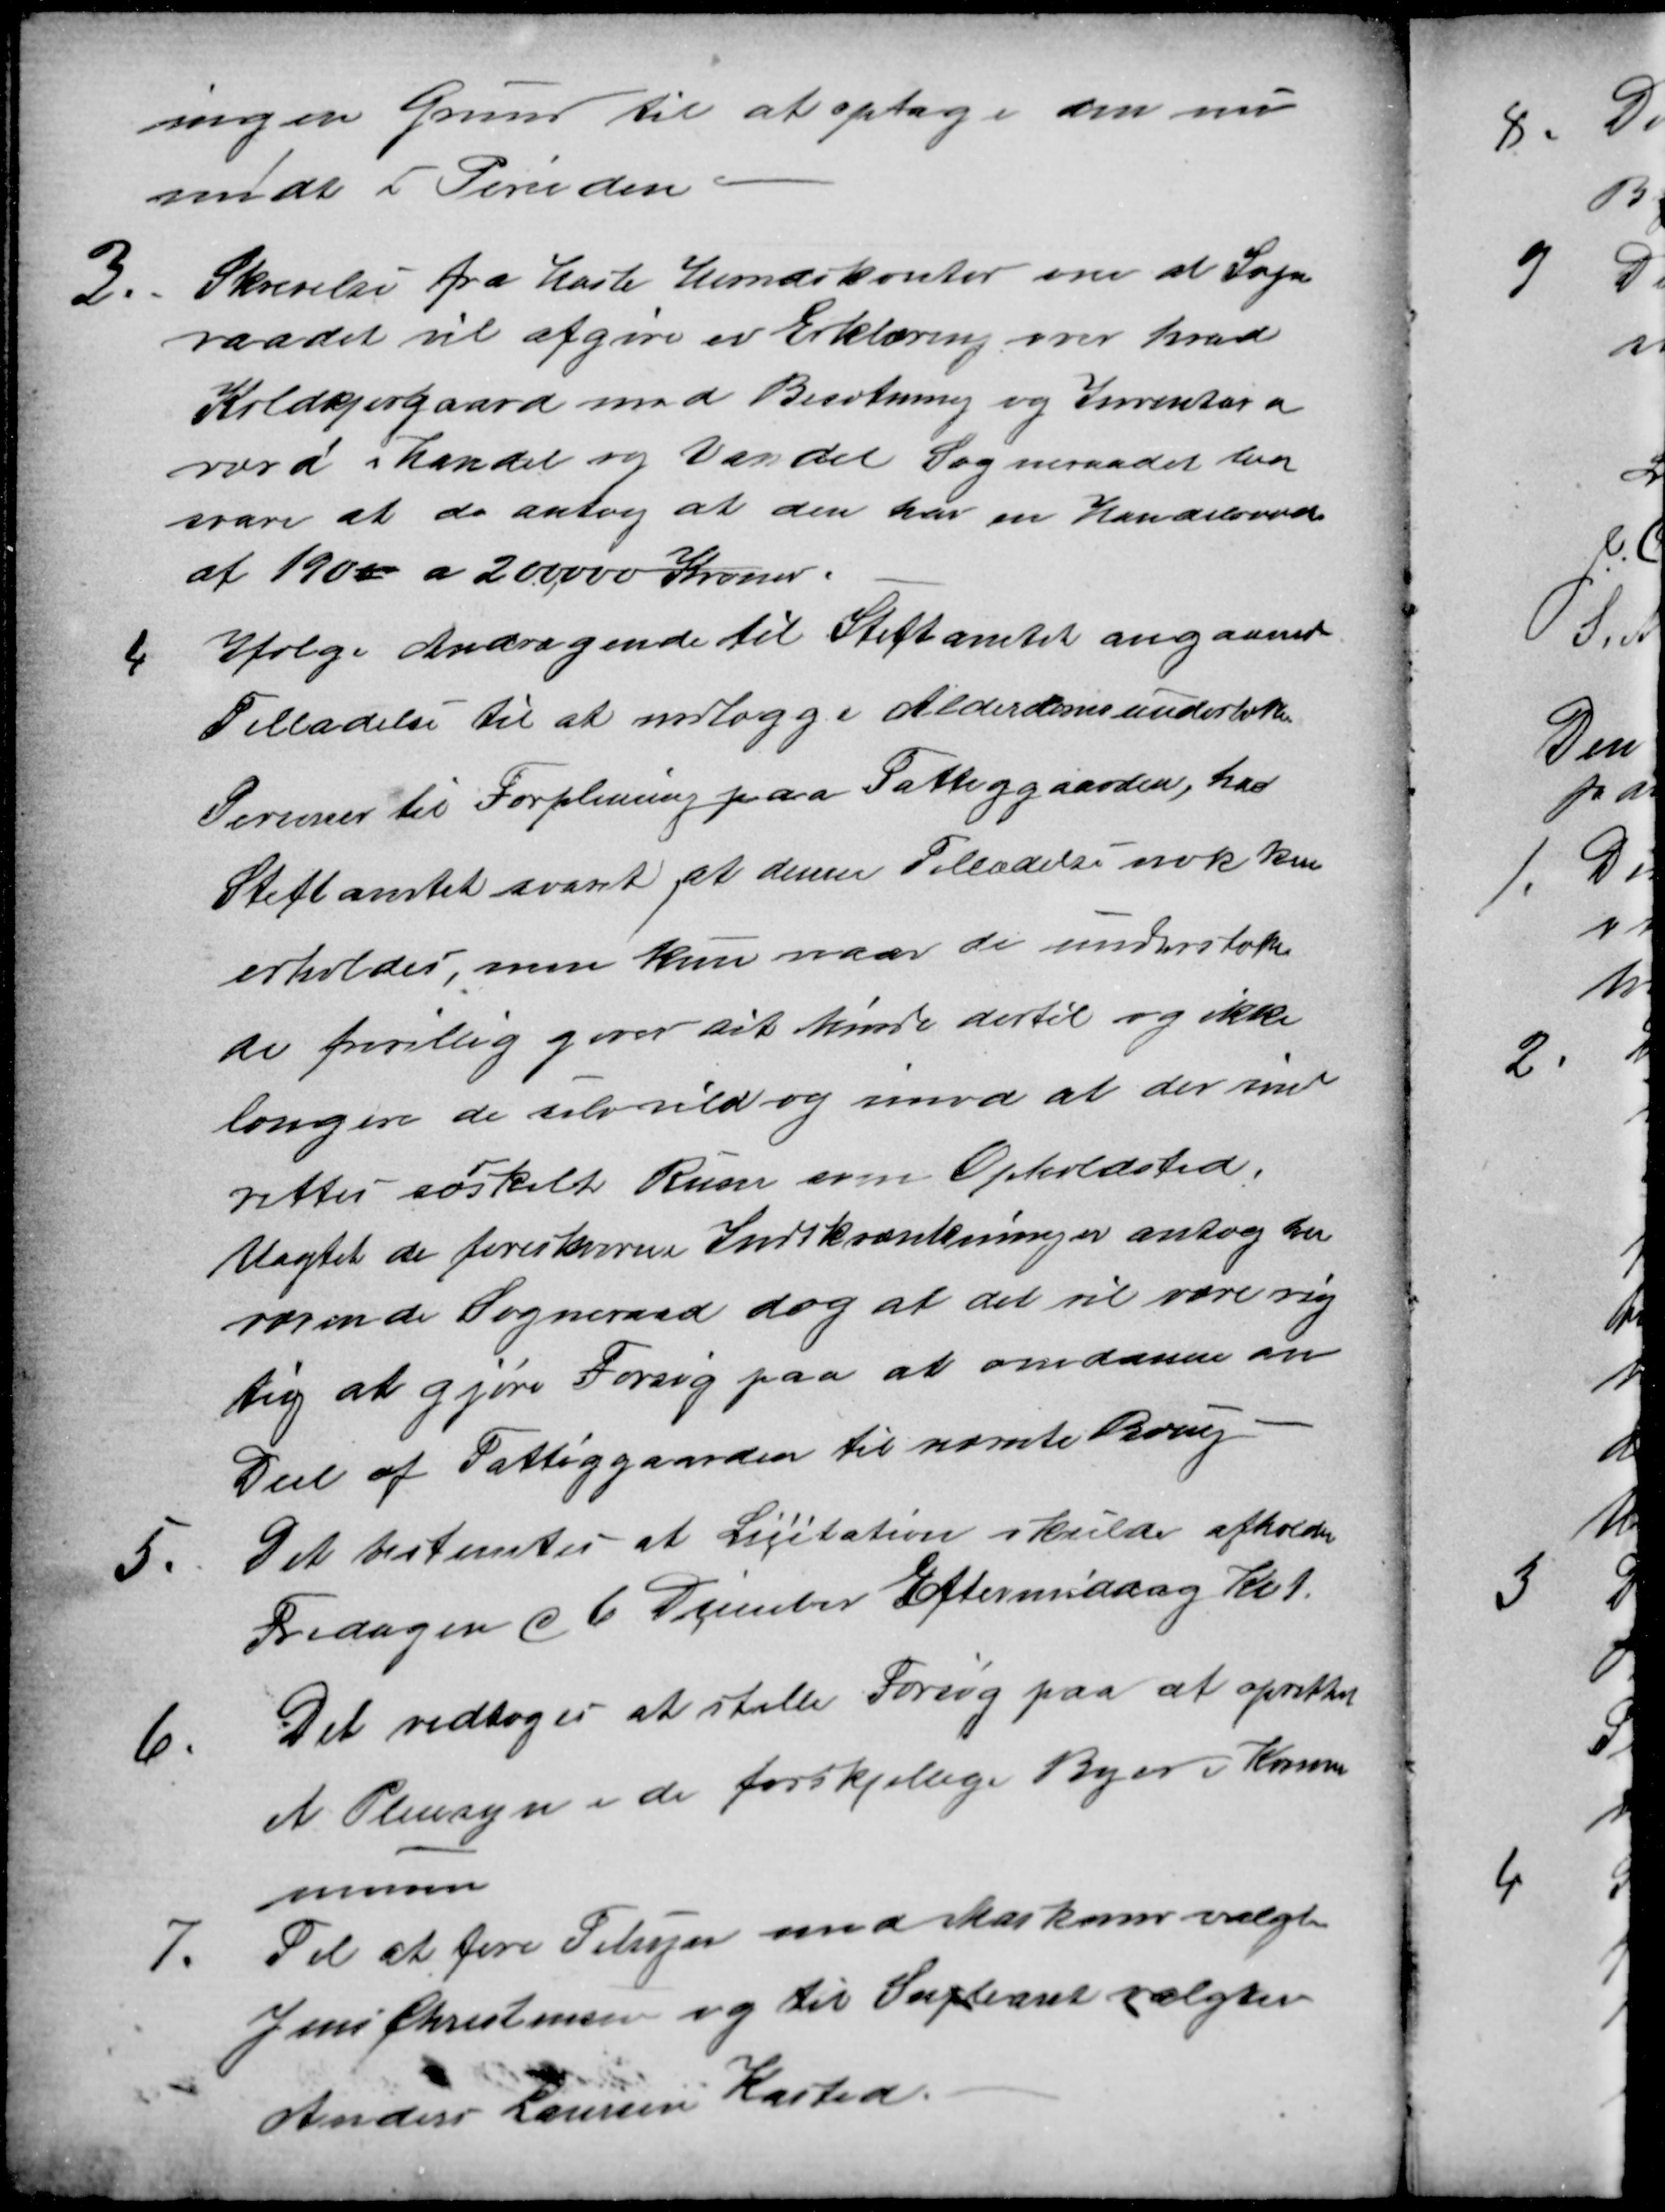
Transskription:
ingen Grund til at optage den nu
midt i Perioden
3.
Skrivelse fra Hasle Herredskontor om at Sogne
raadet vil afgive en Erklæring over hvad
Koldkjergaard med Besætning og Inventar er
værd i Handel og Vandel Sogneraadet kan
svare at de antog at den har en Handelsværdi
af 1900 a 200,000 Kroner.
4
Ifølge Andragende til Stiftamtet angaaende
Tilladelse til at indlægge Alderdomsunderstøttede
Personer til Forpleining paa Fattiggaarden, har
Stiftamtet svaret, at denne Tilladelse nok kan
erholdes, men kun naar de understøtte
de frivillig giver sit Minde dertil og ikke
længere de selv vild og imod at der ind
rettes særskilt Rum som Opholdsted.
Uagtet de foreskrevne Indskrænkninger antog her
værende Sogneraad dog at det vil være rig
tig at gjøre Forsøg paa at omdanne en
Deel af Fattiggaarden til nævnte Brug
5.
Det bestemtes at Licitation skulde afholdes
Fredagen d 6 December Eftermiddag Kl. 1.
6
Det vedtoges at stille Forsøg paa at oprettet
et Pleiesyn i de forskjellige Byer i Kom
munen
7.
Til at føre Tilsyn med Maskiner valgtes
Jens Christensen og til Supleant valgtes
Anders Laursen Kasted